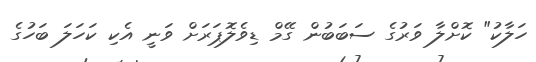
ހަލާކު" ކޮށްލާ ވަރުގެ ސަބަބުން ގޭމް ޑިވެލޮޕަރަށް ވަނީ އެކި ކަހަލަ ބަހުގެ